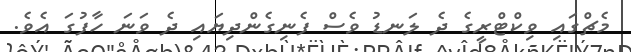
މެޗްގައި ވިކްޓްރީގެ ދެ ލަނޑު ވެސް ފެނިގެންދިޔައި ދެ ވަނަ ހާފުގަ އެވެ.